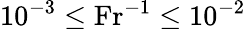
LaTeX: {{10}^{-3}\le\mathrm{Fr}^{-1}}\le{10}^{-2}